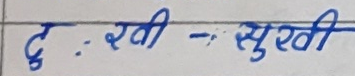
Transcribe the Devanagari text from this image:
दुःखी - सुखी